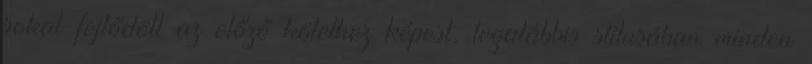
sokat fejlődött az előző kötethez képest, legalábbis stílusában minden